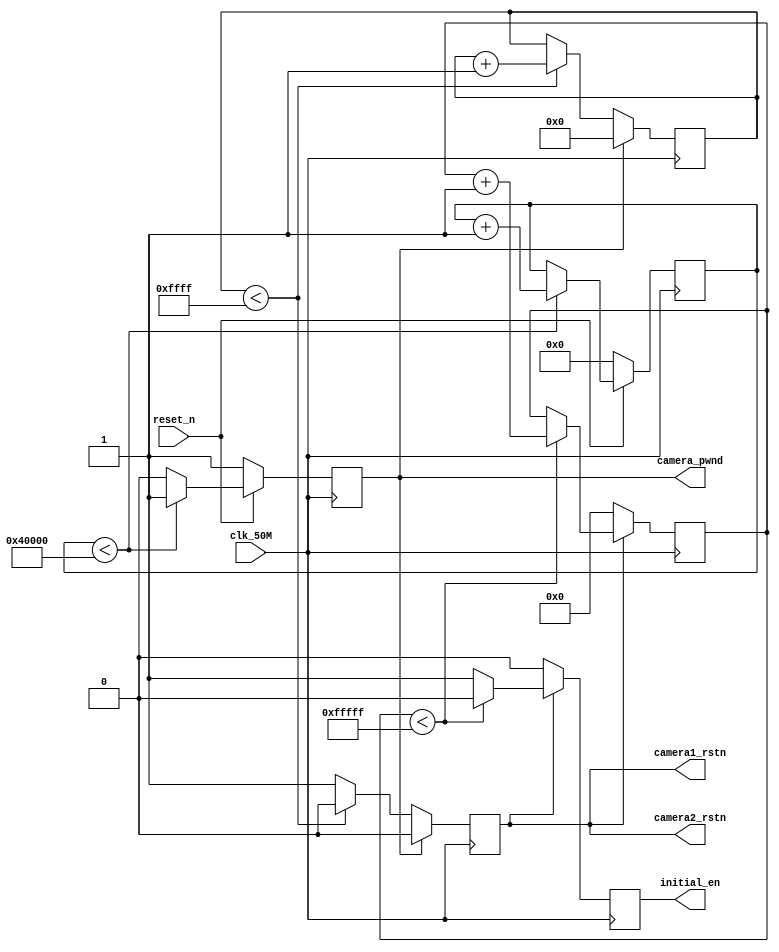
module power_on_delay(                  
    input  clk_50M        ,
    input  reset_n        ,
    output camera1_rstn   ,
    output camera2_rstn   ,
    output camera_pwnd    ,
    output initial_en
);
reg [18:0]cnt1;
reg [15:0]cnt2;
reg [19:0]cnt3;
reg initial_en;
reg camera_rstn_reg;
reg camera_pwnd_reg;

assign camera1_rstn=camera_rstn_reg;
assign camera2_rstn=camera_rstn_reg;
assign camera_pwnd=camera_pwnd_reg;

//5ms, delay from sensor power up stable to Pwdn pull down
always@(posedge clk_50M)begin
  if(reset_n==1'b0) begin
	    cnt1<=0;
		camera_pwnd_reg<=1'b1;// 1'b1 
  end
  else if(cnt1<19'h40000) begin
       cnt1<=cnt1+1'b1;
       camera_pwnd_reg<=1'b1;
  end
  else
     camera_pwnd_reg<=1'b0;         
end

//1.3ms, delay from pwdn low to resetb pull up
always@(posedge clk_50M)begin
  if(camera_pwnd_reg==1)  begin
	 cnt2<=0;
     camera_rstn_reg<=1'b0;  
  end
  else if(cnt2<16'hffff) begin
       cnt2<=cnt2+1'b1;
       camera_rstn_reg<=1'b0;
  end
  else
     camera_rstn_reg<=1'b1;         
end

//21ms, delay from resetb pul high to SCCB initialization
always@(posedge clk_50M)begin
  if(camera_rstn_reg==0) begin
         cnt3<=0;
         initial_en<=1'b0;
  end
  else if(cnt3<20'hfffff) begin
        cnt3<=cnt3+1'b1;
        initial_en<=1'b0;
  end
  else
       initial_en<=1'b1;    
end

endmodule